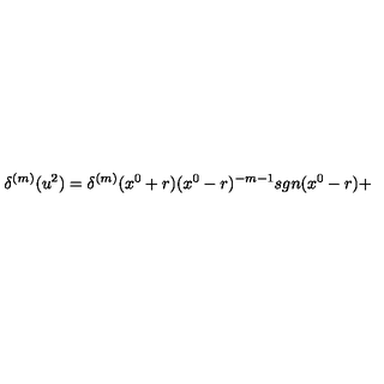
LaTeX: { \delta } ^ { ( m ) } ( u ^ { 2 } ) = { \delta } ^ { ( m ) } ( x ^ { 0 } + r ) ( x ^ { 0 } - r ) ^ { - m - 1 } s g n ( x ^ { 0 } - r ) +